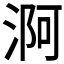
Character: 𣶰